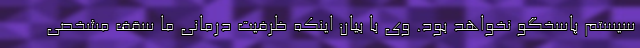
سیستم پاسخگو نخواهد بود. وی با بیان اینکه ظرفیت درمانی ما سقف مشخصی